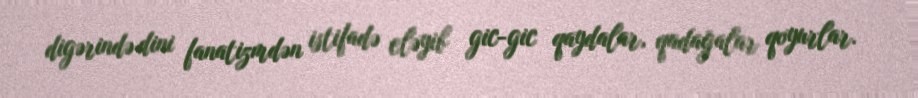
digərində dini fanatizmdən istifadə eləyib gic-gic qaydalar, qadağalar qoyurlar.